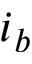
i _ { b }